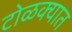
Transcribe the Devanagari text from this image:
टोळक्यात